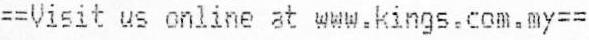
==VISIT US ONLINE AT WWW.KINGS.COM.MY==